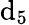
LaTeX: \mathrm{d}_{\mathrm{{{5}}}}